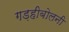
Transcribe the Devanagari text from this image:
गड़हीबोलनी